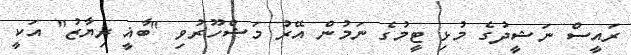
ރައީސް ނަޝީދުގެ މުޅި ޓީމުގެ ނަމުން އޭރު މަޝްހޫރުވި "ބާޣީ ރިޔާޒު" އަކީ